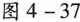
图4-37